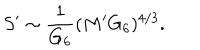
LaTeX: S ^ { \prime } \sim { \frac { 1 } { G _ { 6 } } } ( M ^ { \prime } G _ { 6 } ) ^ { 4 / 3 } .